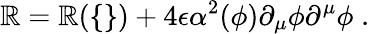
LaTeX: \mathbb{R}=\mathbb{R}(\{ \} )+4\epsilon\alpha^{2}(\phi)\partial_{\mu}\phi\partial^{\mu}\phi\; .